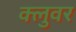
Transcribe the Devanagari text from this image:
क्लुवर